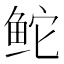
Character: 𬶍